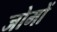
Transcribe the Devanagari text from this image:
जोमों